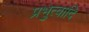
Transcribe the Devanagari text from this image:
प्रभुत्वादि